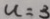
u = 3